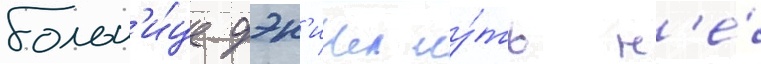
больн'и́це дэн'иел чу́ть н'е́